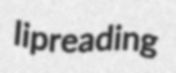
lipreading